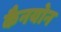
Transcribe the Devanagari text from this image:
कैनयोन